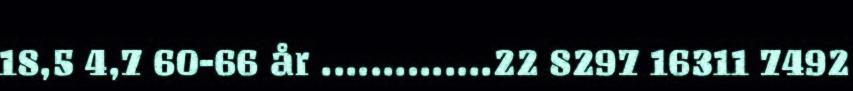
18,5 4,7 60-66 år ..............22 8297 16311 7492